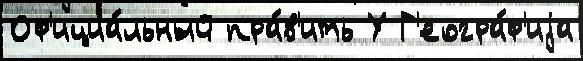
Оф'ициа́льный пра́в'ить У Г'еогра́ф'иjа